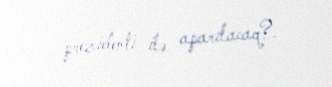
prezidenti ilə aparılacaq?.